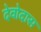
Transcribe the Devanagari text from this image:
देवोदास